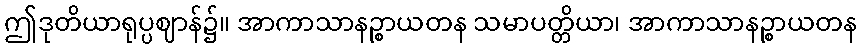
ဤဒုတိယာရုပ္ပဈာန်၌။ အာကာသာနဉ္စာယတန သမာပတ္တိယာ၊ အာကာသာနဉ္စာယတန